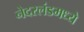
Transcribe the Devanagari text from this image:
नेदरलंडमध्ये